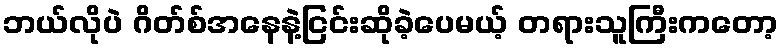
ဘယ်လိုပဲ ဂိတ်စ်အနေနဲ့ငြင်းဆိုခဲ့ပေမယ့် တရားသူကြီးကတော့